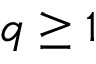
q \geq 1